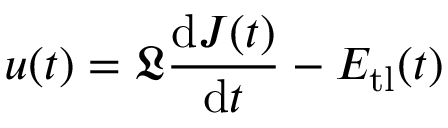
u ( t ) = \mathfrak { L } \frac { \mathrm { d } J ( t ) } { \mathrm { d } t } - E _ { \mathrm { t l } } ( t )